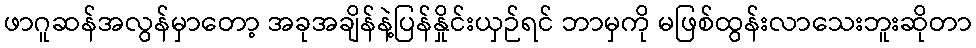
ဖာဂူဆန်အလွန်မှာတော့ အခုအချိန်နဲ့ပြန်နှိုင်းယှဉ်ရင် ဘာမှကို မဖြစ်ထွန်းလာသေးဘူးဆိုတာ